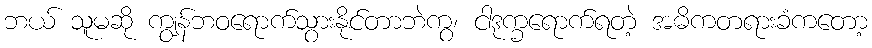
ဘယ် သူမဆို ကျွန်ဘဝရောက်သွားနိုင်တာဘဲကွ၊ ငါဒုက္ခရောက်ရတဲ့ အဓိကတရားခံကတော့